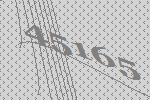
45165